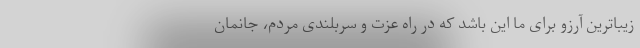
زیباترین آرزو برای ما این باشد که در راه عزت و سربلندی مردم، جانمان